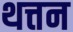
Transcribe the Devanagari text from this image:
थत्तन